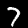
Digit: 7